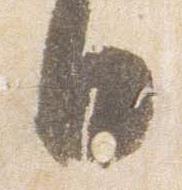
日